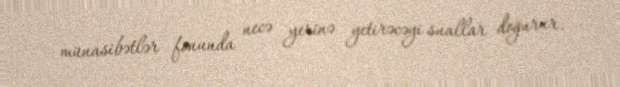
münasibətlər fonunda necə yerinə yetirəcəyi suallar doğurur.